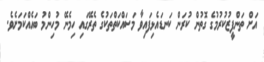
އަށް ތަންފީޒުކުރުމުގެ ގޮތުން ކުރަން ކަނޑައެޅިފައިވާ މަސައްކަތްތަކުގެ ތެރޭގައި ހިމެނޭ މުހިންމު ބައެއްކަމަށެވެ.